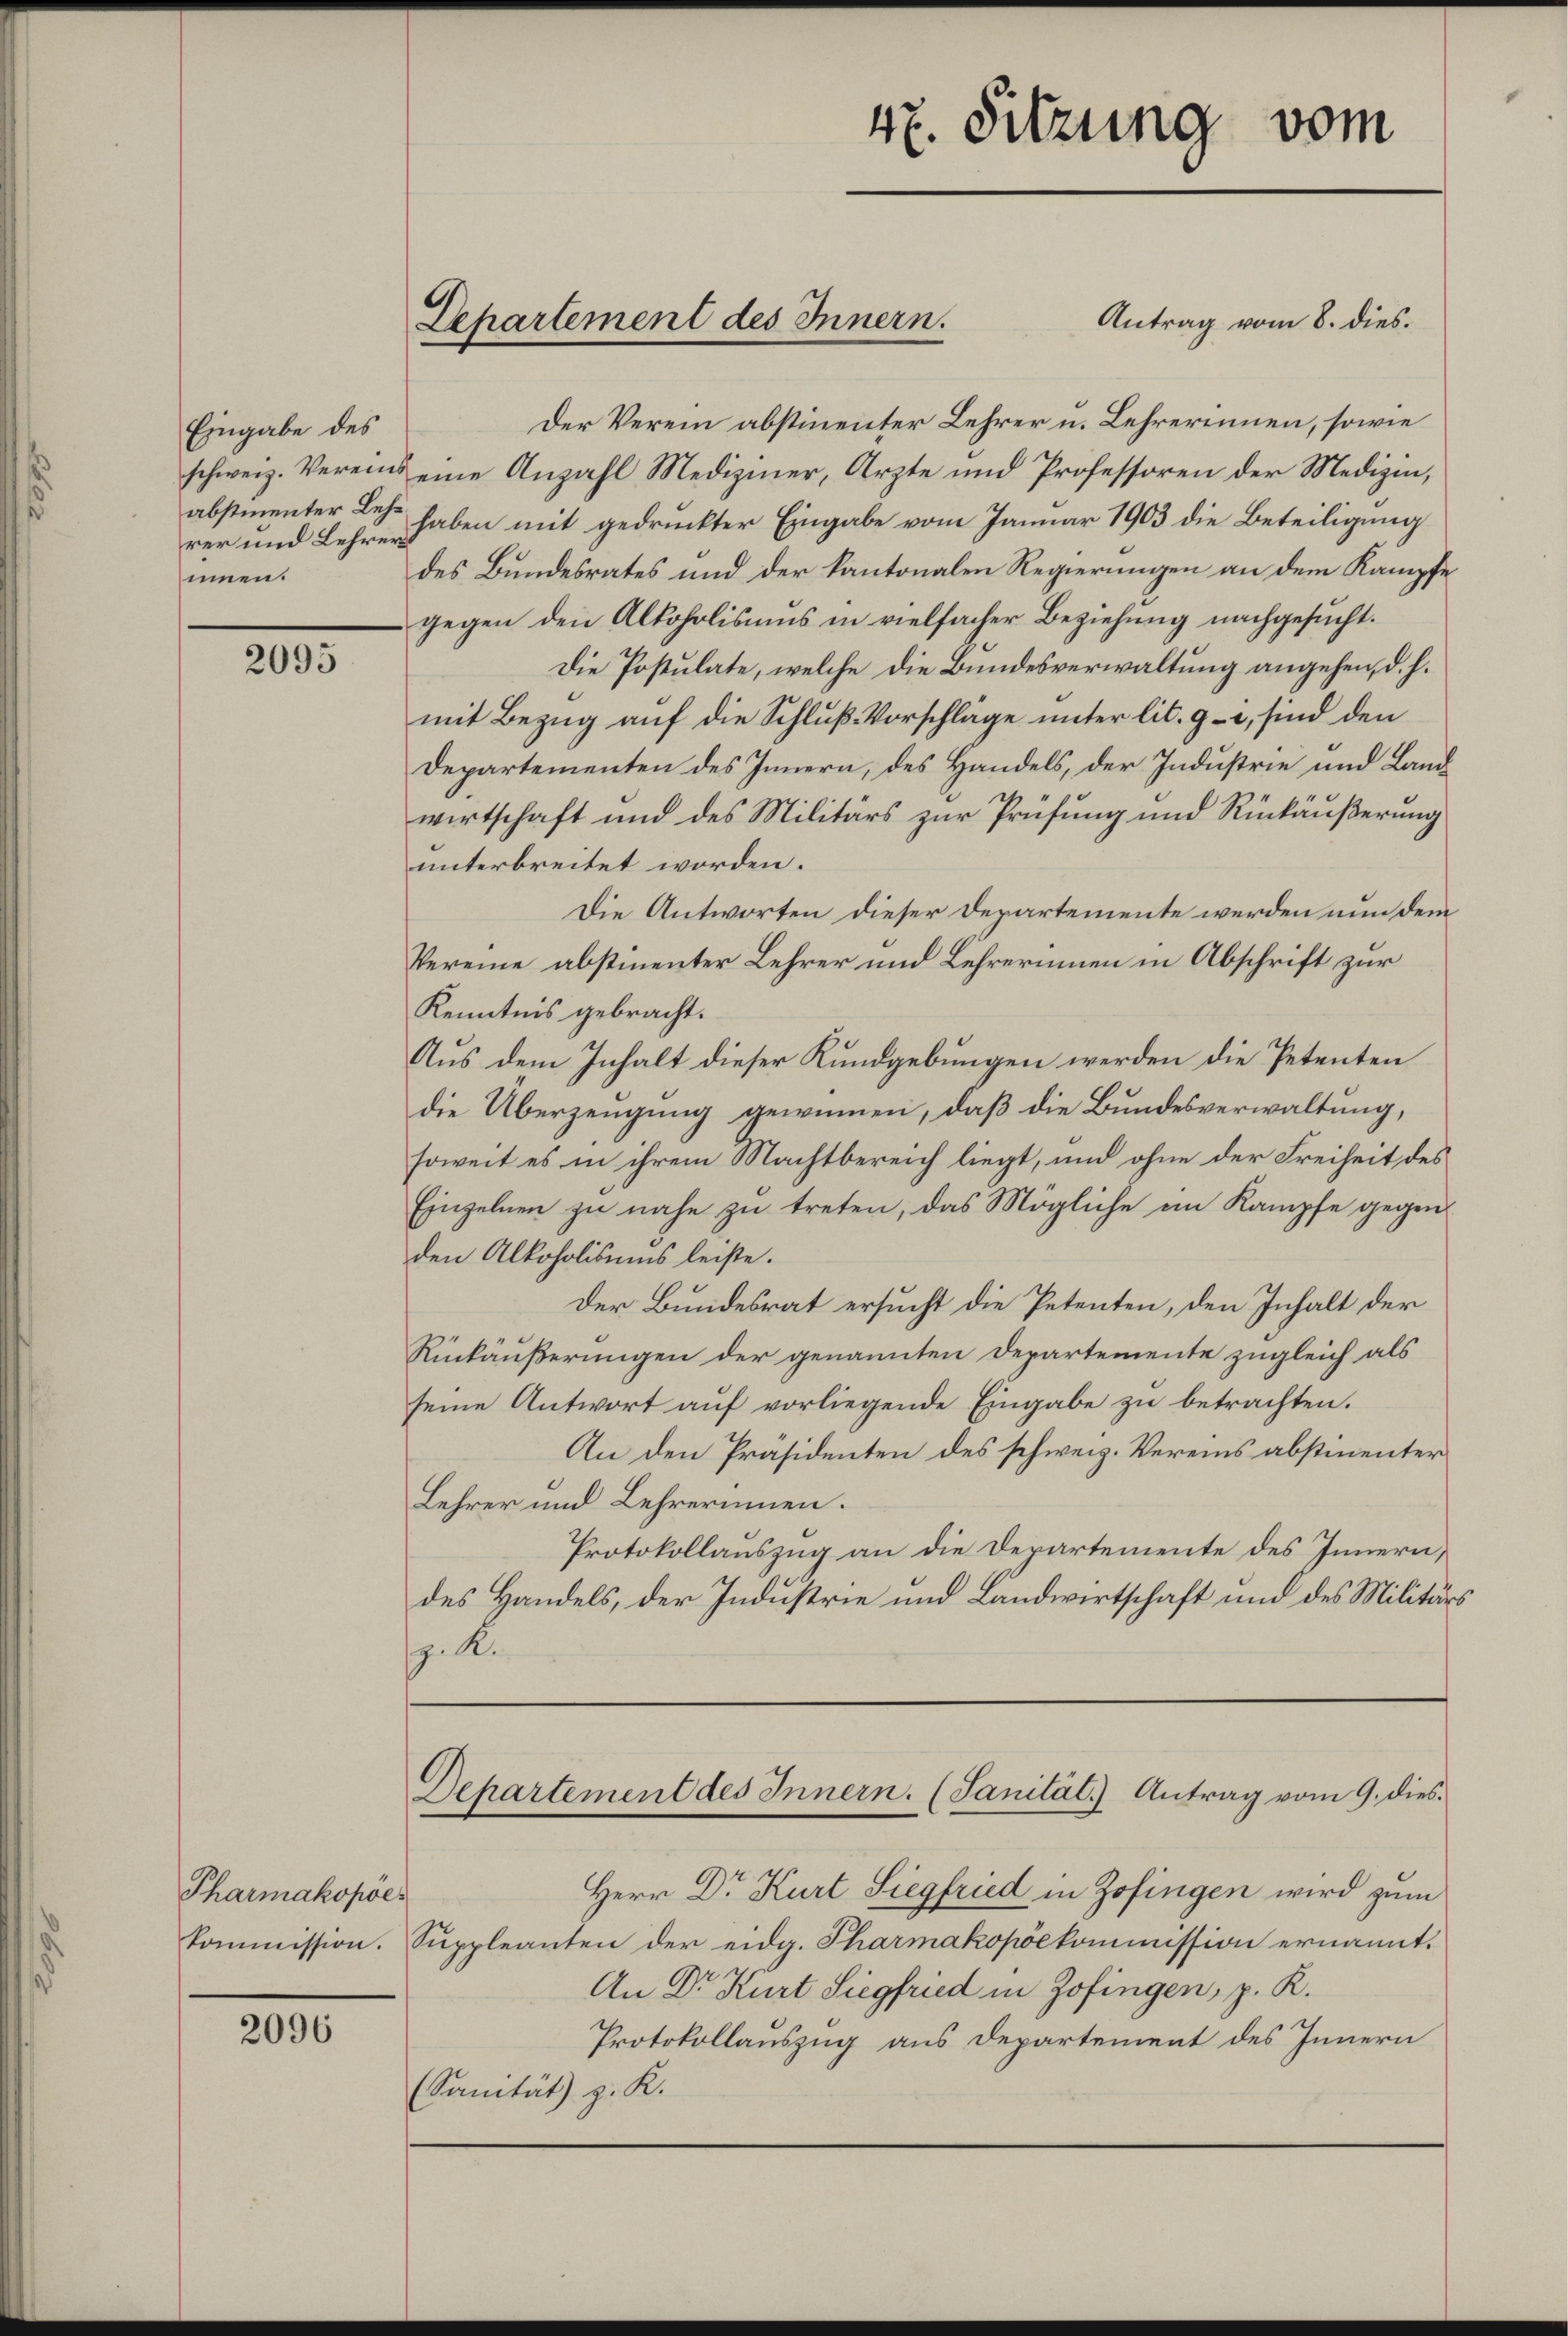
Eingabe des
rer und Lehrers
innen.

2095

Pharmakopöe

2096

Antrag vom 8. dies
Der Verein abstimenter Lehrer u. Lehrerinnen, sowie
schweiz. Vereins eine Anzahl Mediziner, Arzte und Professoren der Medizin,
abstimmter Lehr haben mit gedruckter Eingabe vom Januar 1903 die Beteiligung
des Bundesrates und der Kantonalen Regierungen an dem Kampfe
gegen den Alkoholismus in vielfacher Beziehung nachgesucht.
Die Postulate, welche die Bundesverwaltung angehen, d. h.
mit Bezug auf die Schluß Vorschläge unter lit. g, sind den
Departementen des Innern, des Handels, der Industrie und Landwirtschaft und des Militärs zur Prüfung und Rückäußerung
unterbreitet worden.
Die Antworten dieser Departemente werden nun dem
Vereine abstimenter Lehrer und Lehrerinnen in Abschrift zur
Kenntnis gebracht.
Aus dem Inhalt dieser Kundgebungen werden die Petenten
die Überzeugung gewinnen, daß die Bundesverwaltung,
soweit es in ihrem Machtbereich liegt, und ohne der Freiheit des
Einzelnen zu nahe zu treten, das Mögliche im Kampfe gegen
den Alkoholisums leiste.
Der Bundesrat ersucht die Petenten, den Inhalt der
Rückäußerungen der genannten Departemente zugleich als
seine Antwort auf vorliegende Eingabe zu betrachten.
An den Präsidenten des schweiz. Vereins abstimmenter
Lehrer und Lehrerinnen.
Protokollauszug an die Departemente des Innern,
des Handels, der Industrie und Landwirtschaft und des Militärs
p. K.

Departement des Innern.

47. Sitzung vom

Departement des Innern. (Sanität) Antrag vom 9. dies

Herr Dr Kurt Siegfried in Zofingen wird zum
kommission. Suppleanten der eidg. Pharmakopöekommission ernannt.
An Dr. Kurt Siegfried in Zofingen, z. K.
Protokollauszug aus Departement des Innern
(Sanität) z. K.